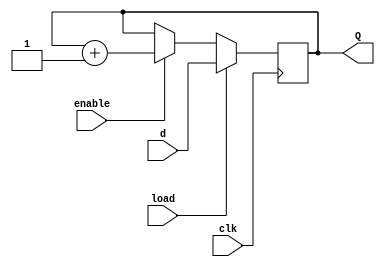
module count4(
    input clk,
    input enable,
    input load,
    input [3:0] d,
    output reg [3:0] Q
);

always @(posedge clk) begin
    if (load)
        Q <= d;         // Load the value of d into Q
    else if (enable)
        Q <= Q + 1;     // Increment Q when enabled
end

endmodule